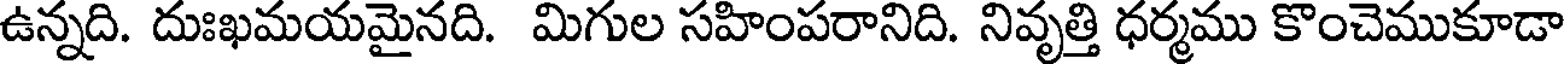
ఉన్నది. దుఃఖమయమైనది. మిగుల సహింపరానిది. నివృత్తి ధర్మము కొంచెముకూడా